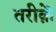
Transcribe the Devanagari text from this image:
तरीक़ें